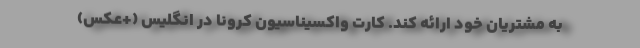
به مشتریان خود ارائه کند. کارت واکسیناسیون کرونا در انگلیس (+عکس)